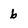
Character: b